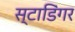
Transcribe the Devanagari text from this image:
स्टाडिंगर